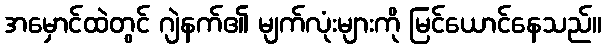
အမှောင်ထဲတွင် ဂျဲနက်၏ မျက်လုံးများကို မြင်ယောင်နေသည်။